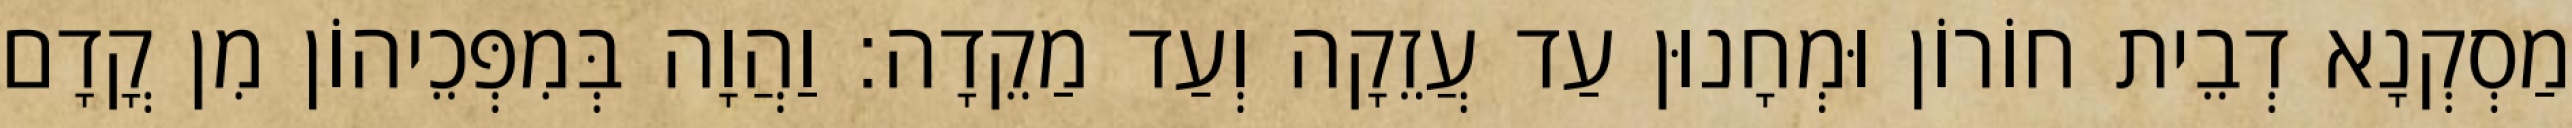
מַסְקְנָא דְבֵית חוֹרוֹן וּמְחָנוּן עַד עֲזֵקָה וְעַד מַקֵדָה׃ וַהֲוָה בְּמִפְּכֵיהוֹן מִן קֳדָם